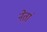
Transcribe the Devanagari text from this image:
नेतां